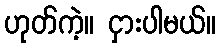
ဟုတ်ကဲ့။ ငှားပါမယ်။